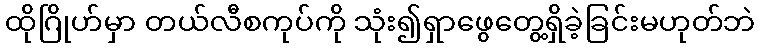
ထိုဂြိုဟ်မှာ တယ်လီစကုပ်ကို သုံး၍ရှာဖွေတွေ့ရှိခဲ့ခြင်းမဟုတ်ဘဲ